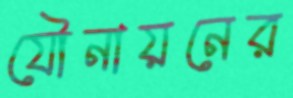
যৌনায়নের